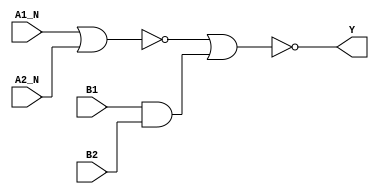
module sky130_fd_sc_hd__a2bb2oi (
    Y   ,
    A1_N,
    A2_N,
    B1  ,
    B2
);

    // Module ports
    output Y   ;
    input  A1_N;
    input  A2_N;
    input  B1  ;
    input  B2  ;

    // Local signals
    wire and0_out  ;
    wire nor0_out  ;
    wire nor1_out_Y;

    //  Name  Output      Other arguments
    and and0 (and0_out  , B1, B2            );
    nor nor0 (nor0_out  , A1_N, A2_N        );
    nor nor1 (nor1_out_Y, nor0_out, and0_out);
    buf buf0 (Y         , nor1_out_Y        );

endmodule